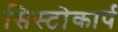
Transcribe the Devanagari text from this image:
सिस्टोकार्प